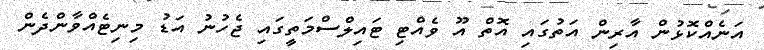
އަނެއްކޮޅުން އާރިން އަތުގައި އޮތް އޫ ވެއްޓި ޓައިލްސްމަތީގައި ޖެހުނު އަޑު މިނިޓެއްވާންދެން